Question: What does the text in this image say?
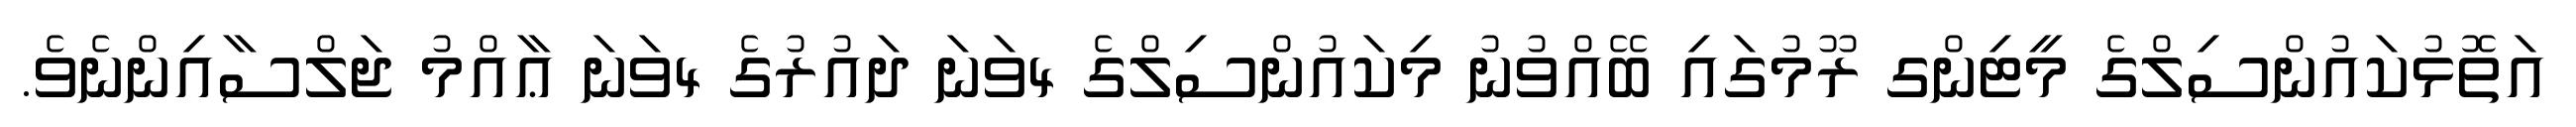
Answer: އަތޮޅުކައުންސިލްގެ މީޓިންގ ރޫމުގައި ބޭއްވުނު މިކައުންސިލްގެ 4ވަނަ ދައުރުގެ 4ވަނަ ޢާއްމު ޖަލްސާއިންނެވެ.